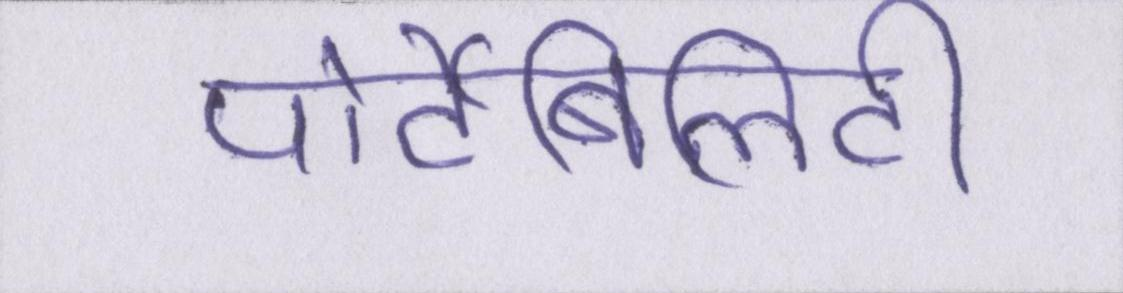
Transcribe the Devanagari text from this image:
पोर्टेबिलिटी